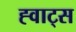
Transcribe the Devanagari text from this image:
ह्वाट्‍स